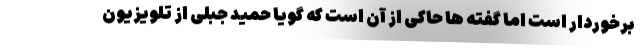
برخوردار است اما گفته ها حاکی از آن است که گویا حمید جبلی از تلویزیون